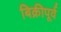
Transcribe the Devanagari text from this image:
बिक्रीपूर्व